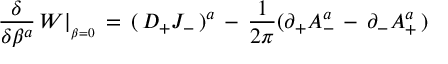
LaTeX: { \frac { \delta } { \delta \beta ^ { a } } } \, W \vert _ { _ { \beta = 0 } } \, = \, ( \, D _ { + } J _ { - } \, ) ^ { a } \, - \, { \frac { 1 } { 2 \pi } } ( \partial _ { + } A _ { - } ^ { a } \, - \, \partial _ { - } A _ { + } ^ { a } \, )